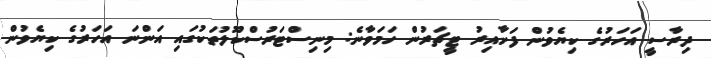
ދިރާސީ އަހަރުގެ ކިޔެވުން ފަށާއިރު ޓީޗަރުން ހަމަވާނެ: މިނިސްޓަރުސްކޫލުތަކުގައި އަންނަ އަހަރުގެ ކިޔެވުން